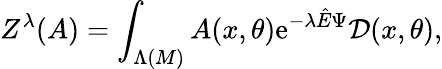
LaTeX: Z^{\lambda}(A)=\int_{\Lambda(M)}A(x,\theta)\mathrm{e}^{-\lambda{\hat{E}}\Psi}{\cal D}(x,\theta),